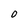
Character: 0